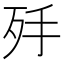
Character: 𣧙